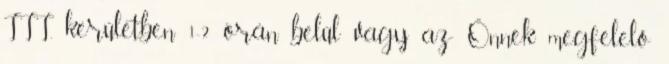
III. kerületben 1-2 órán belül vagy az Önnek megfelelő